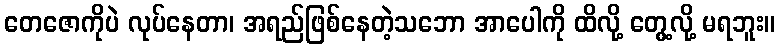
တေဇောကိုပဲ လုပ်နေတာ၊ အရည်ဖြစ်နေတဲ့သဘော အာပေါကို ထိလို့ တွေ့လို့ မရဘူး။